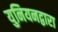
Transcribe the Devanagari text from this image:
युनियनद्वारा